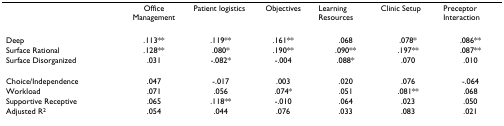
<table><thead><tr><td></td><td><b>Office Management</b></td><td><b>Patient logistics</b></td><td><b>Objectives</b></td><td><b>Learning Resources</b></td><td><b>Clinic Setup</b></td><td><b>Preceptor Interaction</b></td></tr></thead><tbody><tr><td>Deep</td><td>.113**</td><td>.119**</td><td>.161**</td><td>.068</td><td>.078*</td><td>.086**</td></tr><tr><td>Surface Rational</td><td>.128**</td><td>.080*</td><td>.190**</td><td>.090**</td><td>.197**</td><td>.087**</td></tr><tr><td>Surface Disorganized</td><td>.031</td><td>-.082*</td><td>-.004</td><td>.088*</td><td>.070</td><td>.010</td></tr><tr><td>Choice/Independence</td><td>.047</td><td>-.017</td><td>.003</td><td>.020</td><td>.076</td><td>-.064</td></tr><tr><td>Workload</td><td>.071</td><td>.056</td><td>.074*</td><td>.051</td><td>.081**</td><td>.068</td></tr><tr><td>Supportive Receptive</td><td>.065</td><td>.118**</td><td>-.010</td><td>.064</td><td>.023</td><td>.050</td></tr><tr><td>Adjusted R<sup>2</sup></td><td>.054</td><td>.044</td><td>.076</td><td>.033</td><td>.083</td><td>.021</td></tr></tbody></table>